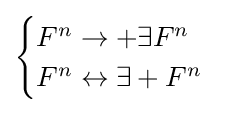
{\begin{cases}F^{n}\rightarrow +\exists F^{n}\\F^{n}\leftrightarrow \exists +F^{n}\end{cases}}